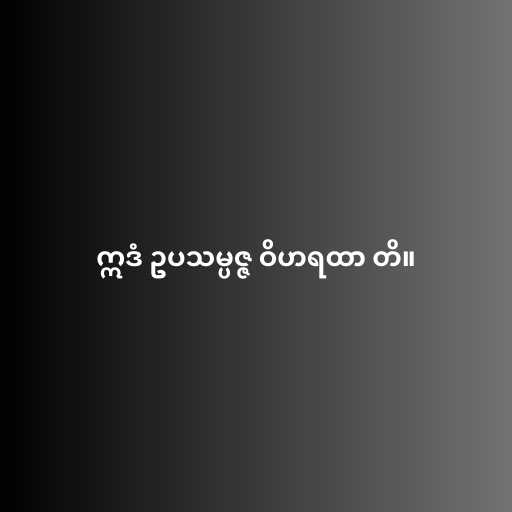
ဣဒံ ဥပသမ္ပဇ္ဇ ဝိဟရထာ တိ။